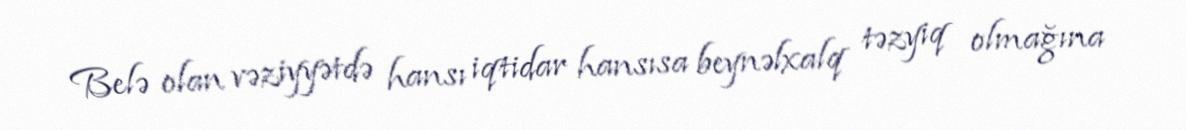
Belə olan vəziyyətdə hansı iqtidar hansısa beynəlxalq təzyiq olmağına